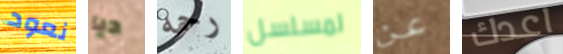
نعود ديا رحمه لمسلسل عن اعدك